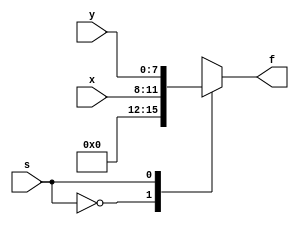
module mux_2x1_8bit(
    input [3:0] x, 
    input [7:0] y,
    input s,
    output reg [7:0] f
    );
    
 always@(*)
    begin
        case(s)
            0:f={{4{0}},x};
            1:f=y;
        endcase
    end
    
endmodule